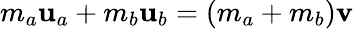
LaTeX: m_{a}\mathbf{u}_{a}+m_{b}\mathbf{u}_{b}=\left(m_{a}+m_{b}\right)\mathbf{v}